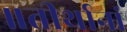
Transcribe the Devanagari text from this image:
॥तीर्थानां